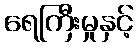
ရေကြီးမှုနှင့်